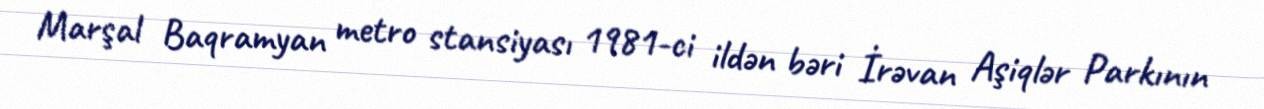
Marşal Baqramyan metro stansiyası 1981-ci ildən bəri İrəvan Aşiqlər Parkının